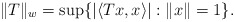
\begin{align*}\|T\|_w=\sup\{|\langle Tx,x\rangle|:\|x\|=1\}.\end{align*}